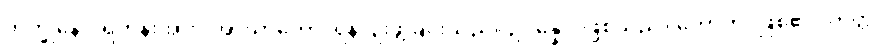
ဘိက္ခုနော၊ ရဟန်းအား။ အာဃာတော၊ ရန်ငြိုးဖွဲ့ခြင်းသည်။ ဥပ္ပန္နော၊ ဖြစ်သည်။ ဟောတိ၊ ဖြစ်၏။ တတ္ထ၊